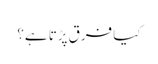
کیا فرق پڑتا ہے؟